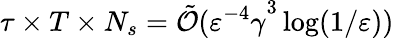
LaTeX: \tau\times T\times N_{s}=\tilde{\mathcal{O}}({\varepsilon^{-4}\gamma}^{3}\log(1/\varepsilon))